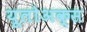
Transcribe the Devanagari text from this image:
यूलोअक्स